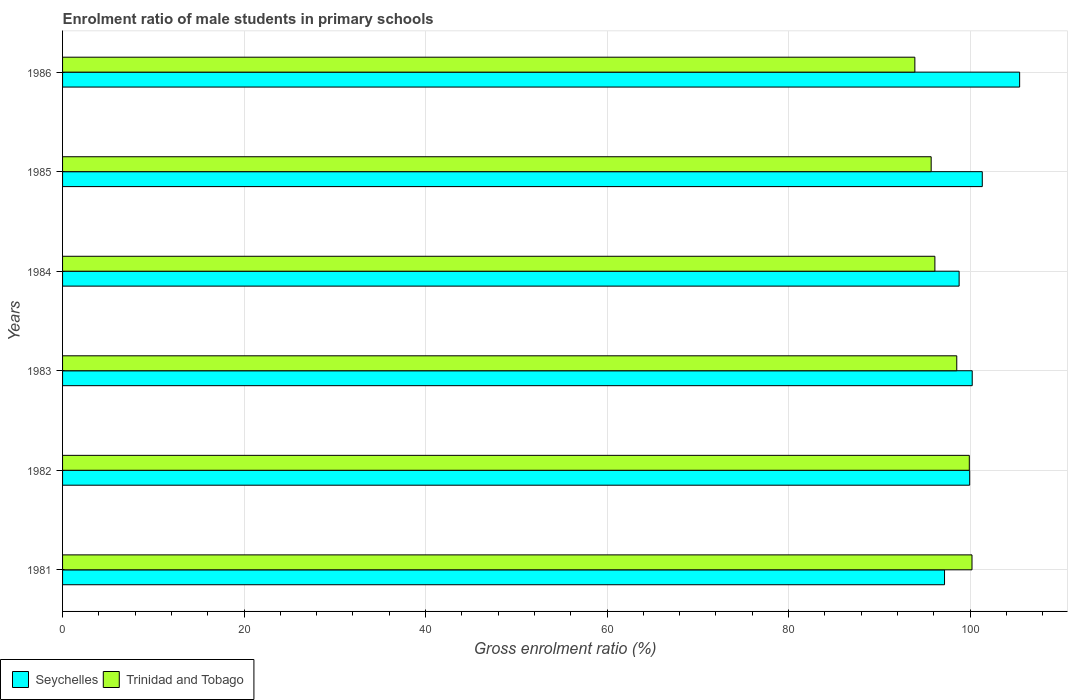
| Years | Seychelles | Trinidad and Tobago |
 | --- | --- | --- |
 | 1981 | 97.2 | 100 |
 | 1982 | 100 | 99.9 |
 | 1983 | 100 | 98.5 |
 | 1984 | 98.8 | 96.1 |
 | 1985 | 101 | 95.7 |
 | 1986 | 105 | 93.9 |